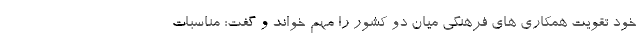
خود تقویت همکاری های فرهنگی میان دو کشور را مهم خواند و گفت: مناسبات